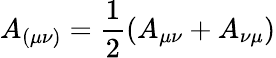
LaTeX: A_{(\mu\nu)}=\frac{1}{2}\left(A_{\mu\nu}+A_{\nu\mu}\right)